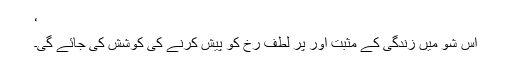
‘
اس شو میں زندگی کے مثبت اور پر لطف رخ کو پیش کرنے کی کوشش کی جائے گی۔